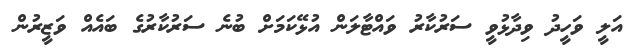
އަލީ ވަހީދު ވިދާޅުވީ ސަރުކާރު ވައްޓާލަން އުޅޭކަމަށް ބުނެ ސަރުކާރުގެ ބައެއް ވަޒީރުން